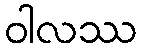
ဝါလဿ